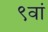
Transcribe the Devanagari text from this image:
९वां